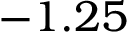
- 1 . 2 5